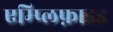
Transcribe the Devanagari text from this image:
एम्प्लिफ़ाइड